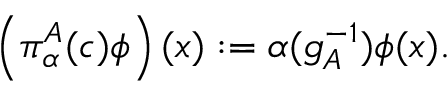
\left( \pi _ { \alpha } ^ { A } ( c ) \phi \right) ( x ) : = \alpha ( g _ { A } ^ { - 1 } ) \phi ( x ) .